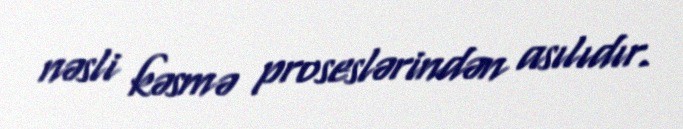
nəsli kəsmə proseslərindən asılıdır.